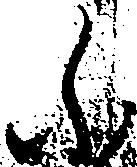
ふ